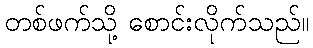
တစ်ဖက်သို့ စောင်းလိုက်သည်။